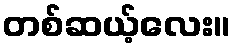
တစ်ဆယ့်လေး။